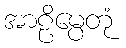
အာဠိမ္ပေတုံ